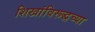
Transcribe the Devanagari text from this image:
शिखांविरूद्धच्या